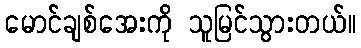
မောင်ချစ်အေးကို သူမြင်သွားတယ်။